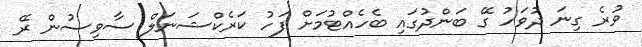
ވުރެ ގިނަ ދުވަހު ގޭ ބަންދުގައި ބެހެއްޓުމަށް ފަހު ކަރެކްޝަނަލް ސާވިސުން ރޭ